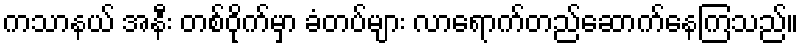
ကသာနယ် အနီး တစ်ဝိုက်မှာ ခံတပ်များ လာရောက်တည်ဆောက်နေကြသည်။